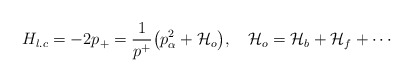
\begin{align*}H_{l.c} = -2p_+ = {1\over p^+}\big({p_\alpha^2 + {\cal H}_{o}}\big), ~~~ {\cal H}_{o} = {\cal H}_b + {\cal H}_f + \cdots\end{align*}